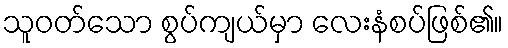
သူဝတ်သော စွပ်ကျယ်မှာ လေးနံစပ်ဖြစ်၏။